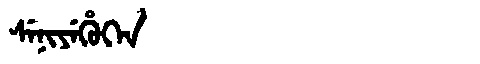
Manchu: ᠰᡝᠨᡳᠶᡝᡥᡠᡴᡝᠨ
Romanization: SENIYEHUKEN